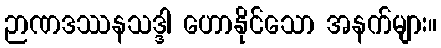
ဉာဏဒဿနသဒ္ဒါ ဟောနိုင်သော အနက်များ။